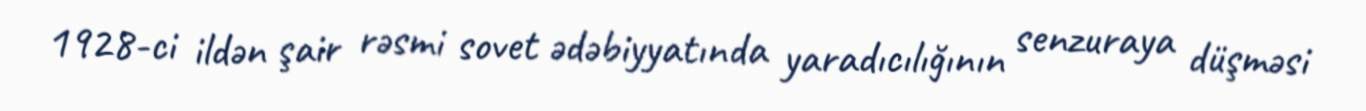
1928-ci ildən şair rəsmi sovet ədəbiyyatında yaradıcılığının senzuraya düşməsi